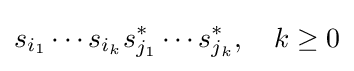
s_{i_{1}}\cdots s_{i_{k}}s_{j_{1}}^{*}\cdots s_{j_{k}}^{*},\quad k\geq 0